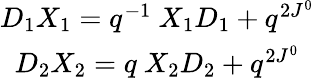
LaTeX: \begin{array}{c}{{D_{1}X_{1}=q^{-1}\ X_{1}D_{1}+q^{2J^{0}}}}\\ {{D_{2}X_{2}=q\ X_{2}D_{2}+q^{2J^{0}}}}\end{array}